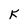
Character: K